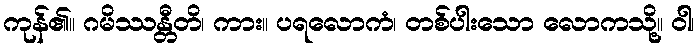
ကုန်၏။ ဂမိဿန္တီတိ၊ ကား။ ပရလောကံ၊ တစ်ပါးသော လောကသို့။ ဝါ၊